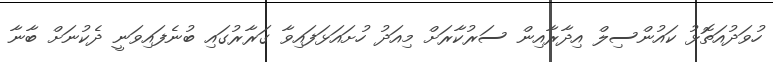
ހުވަދުއަތޮޅު ކައުންސިލް އިދާރާއިން ސަރުކާރަށް މިއަދު ހުށައަޅަފައިވާ ގަރާރުގައި ބުނެފައިވަނީ ދެކުނަށް ބާނާ